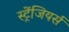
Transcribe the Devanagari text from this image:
स्ट्रेंजियर्स